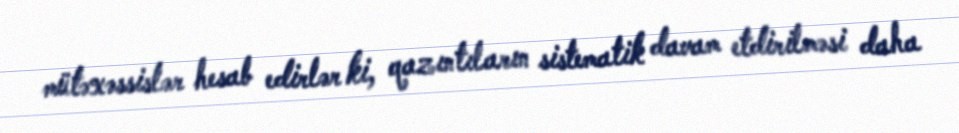
mütəxəssislər hesab edirlər ki, qazıntıların sistematik davam etdirilməsi daha